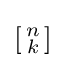
[{\begin{smallmatrix}n\\k\end{smallmatrix}}]